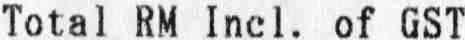
TOTAL RM INCL. OF GST